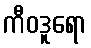
ကီဝဒူရော